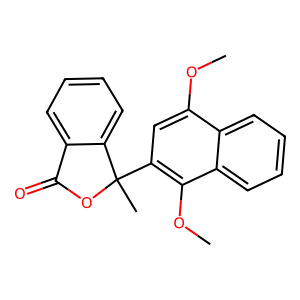
SMILES: COc1cc(C2(C)OC(=O)c3ccccc32)c(OC)c2ccccc12
Inhibits HIV replication: No